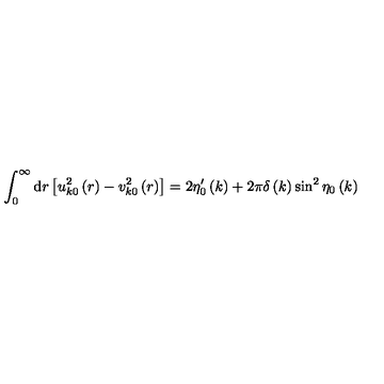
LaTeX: \int _ { 0 } ^ { \infty } \mathrm { d } r \left[ u _ { k 0 } ^ { 2 } \left( r \right) - v _ { k 0 } ^ { 2 } \left( r \right) \right] = 2 \eta _ { 0 } ^ { \prime } \left( k \right) + 2 \pi \delta \left( k \right) \sin ^ { 2 } \eta _ { 0 } \left( k \right)